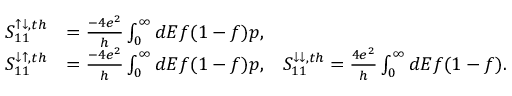
\begin{array} { r l } { { S _ { 1 1 } ^ { \uparrow \downarrow , t h } } } & { = { \frac { - 4 e ^ { 2 } } { h } \int _ { 0 } ^ { \infty } d E f ( 1 - f ) p } , } \\ { { S _ { 1 1 } ^ { \downarrow \uparrow , t h } } } & { = { \frac { - 4 e ^ { 2 } } { h } \int _ { 0 } ^ { \infty } d E f ( 1 - f ) p , } \quad { S _ { 1 1 } ^ { \downarrow \downarrow , t h } } = { \frac { 4 e ^ { 2 } } { h } \int _ { 0 } ^ { \infty } d E f ( 1 - f ) . } } \end{array}